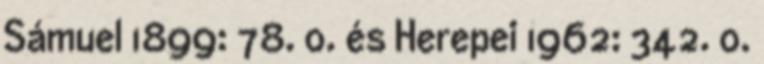
Sámuel 1899: 78. o. és Herepei 1962: 342. o.